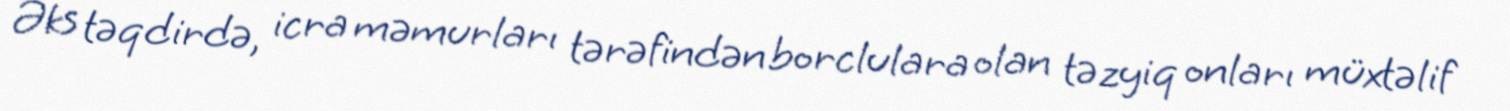
Əks təqdirdə, icra məmurları tərəfindən borclulara olan təzyiq onları müxtəlif